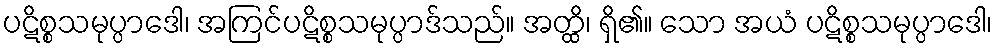
ပဋိစ္စသမုပ္ပာဒေါ၊ အကြင်ပဋိစ္စသမုပ္ပာဒ်သည်။ အတ္ထိ၊ ရှိ၏။ သော အယံ ပဋိစ္စသမုပ္ပာဒေါ၊